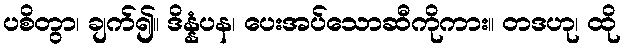
ပစိတွာ၊ ချက်၍။ ဒိန္နံပန၊ ပေးအပ်သောဆီကိုကား။ တဒဟု၊ ထို